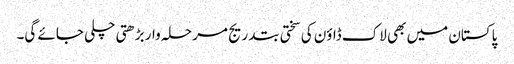
پاکستان میں بھی لاک ڈاؤن کی سختی بتدریج مرحلہ وار بڑھتی چلی جائے گی۔